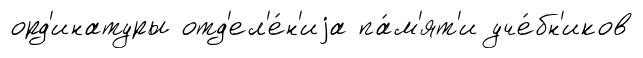
орд'инатуры отд'ел'е́н'иjа па́м'ят'и уче́бн'иков